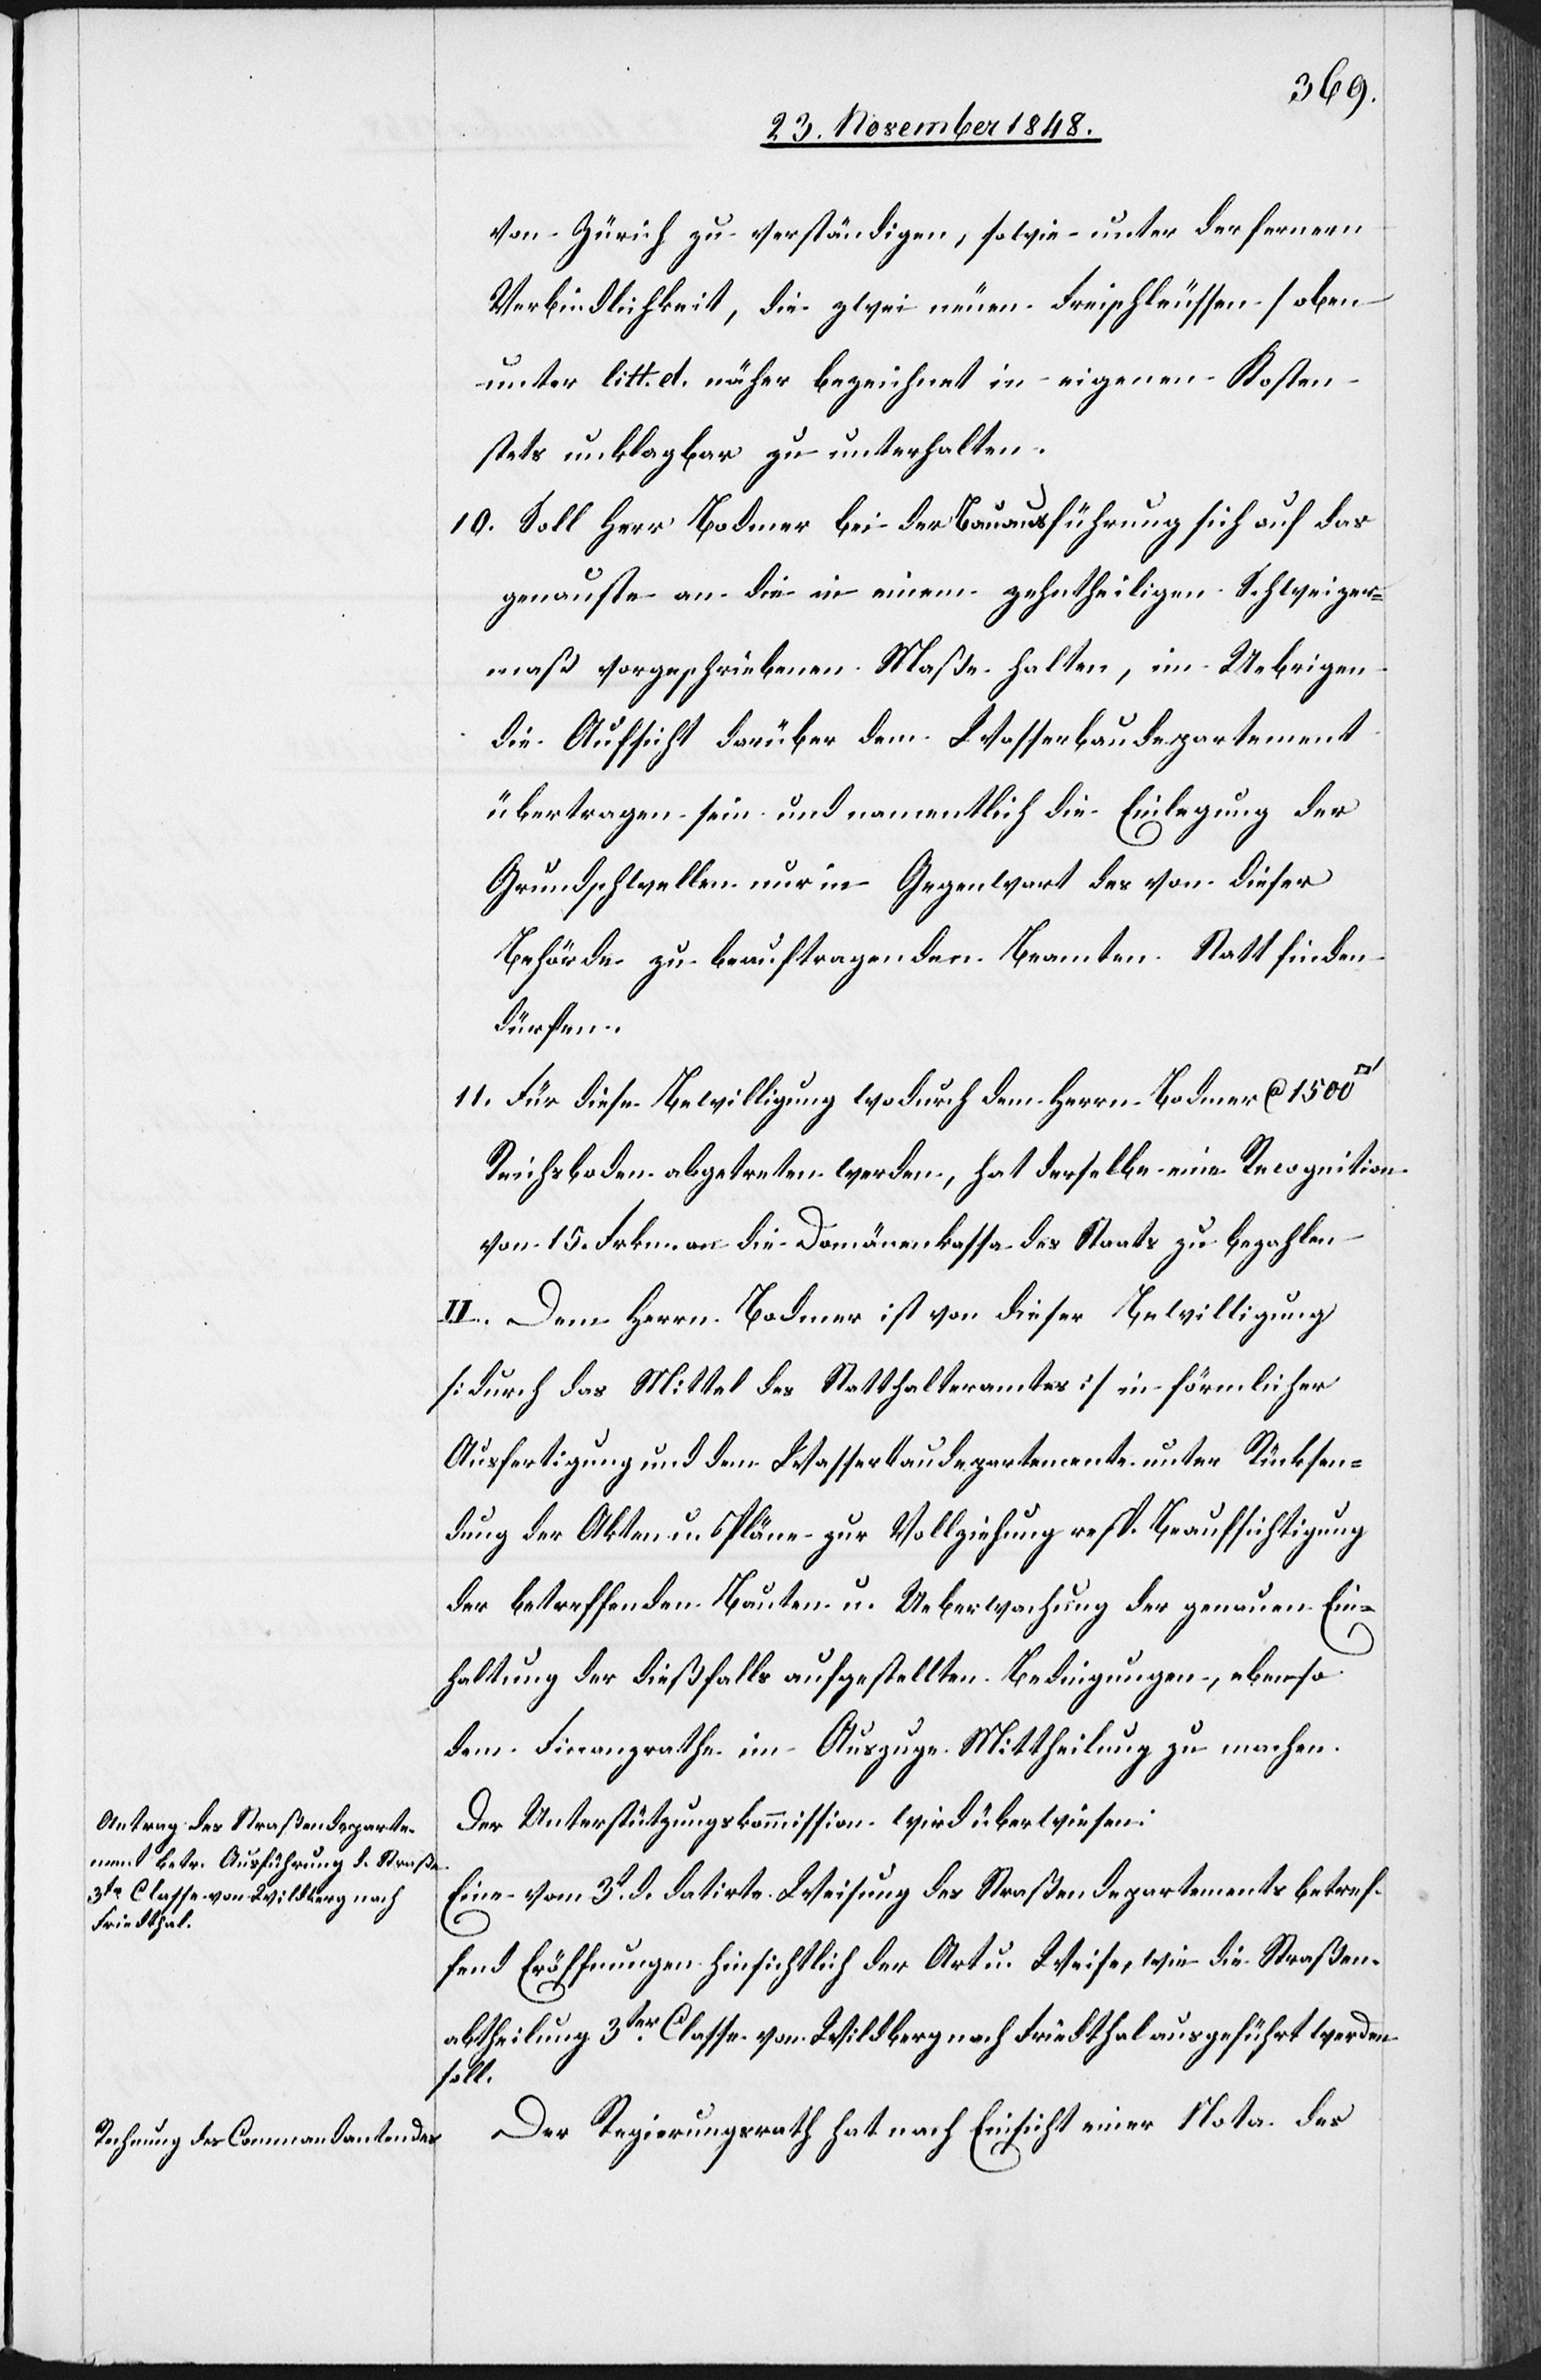
von Zürich zu verständigen, sowie unter der fernern
Verbindlichkeit, die zwei neuen Freischleussen [oben
unter litt. d. näher bezeichnet[]] in eigenen Kosten
stets unklagbar zu unterhalten.
10. Soll Herr Bodmer bei der Bauausführung sich auf das
genauste an die in einem zehntheiligen Schweizer¬
maß vorgeschriebenen Maße halten, im Uebrigen
die Aufsicht darüber dem Wasserbaudepartement
übertragen sein und namentlich die Einlegung der
Grundschwellen nur in Gegenwart des von dieser
Behörde zu beauftragenden Beamten Statt finden
dürfen.
11. Für diese Bewilligung wodurch dem Herrn Bodmer ca 1500
Reichsboden abgetreten werden, hat derselbe eine Recognition
von 15. Frkn. an die Domänenkassa des Staats zu bezahlen.
II. Dem Herrn Bodmer ist von dieser Bewilligung
[durch das Mittel des Statthalteramtes] in förmlicher
Ausfertigung und dem Wasserbaudepartemente unter Rücksen¬
dung der Akten u. Pläne zur Vollziehung resp. Beaufsichtigung
der betreffenden Bauten u. Ueberwachung der genauen Ein¬
haltung der dießfalls aufgestellten Bedingungen, ebenso
dem Finanzrathe im Auszuge Mittheilung zu machen.
Der Unterstützungskommission wird überwiesen:
Eine vom 3t d. datirte Weisung des Straßendepartements betref¬
fend Eröffnungen hinsichtlich der Art u. Weise, wie die Straßen¬
abtheilung 3ter Classe von Wildberg nach Friedthal ausgeführt werden
soll.
Der Regierungsrath hat nach Einsicht einer Note des